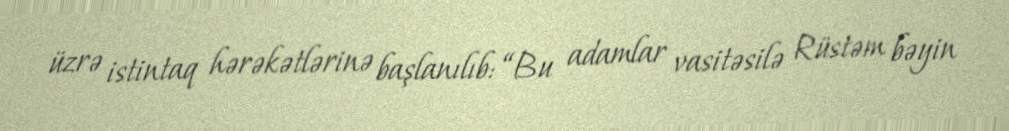
üzrə istintaq hərəkətlərinə başlanılıb: “Bu adamlar vasitəsilə Rüstəm bəyin